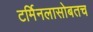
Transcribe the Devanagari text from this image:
टर्मिनलासोबतच